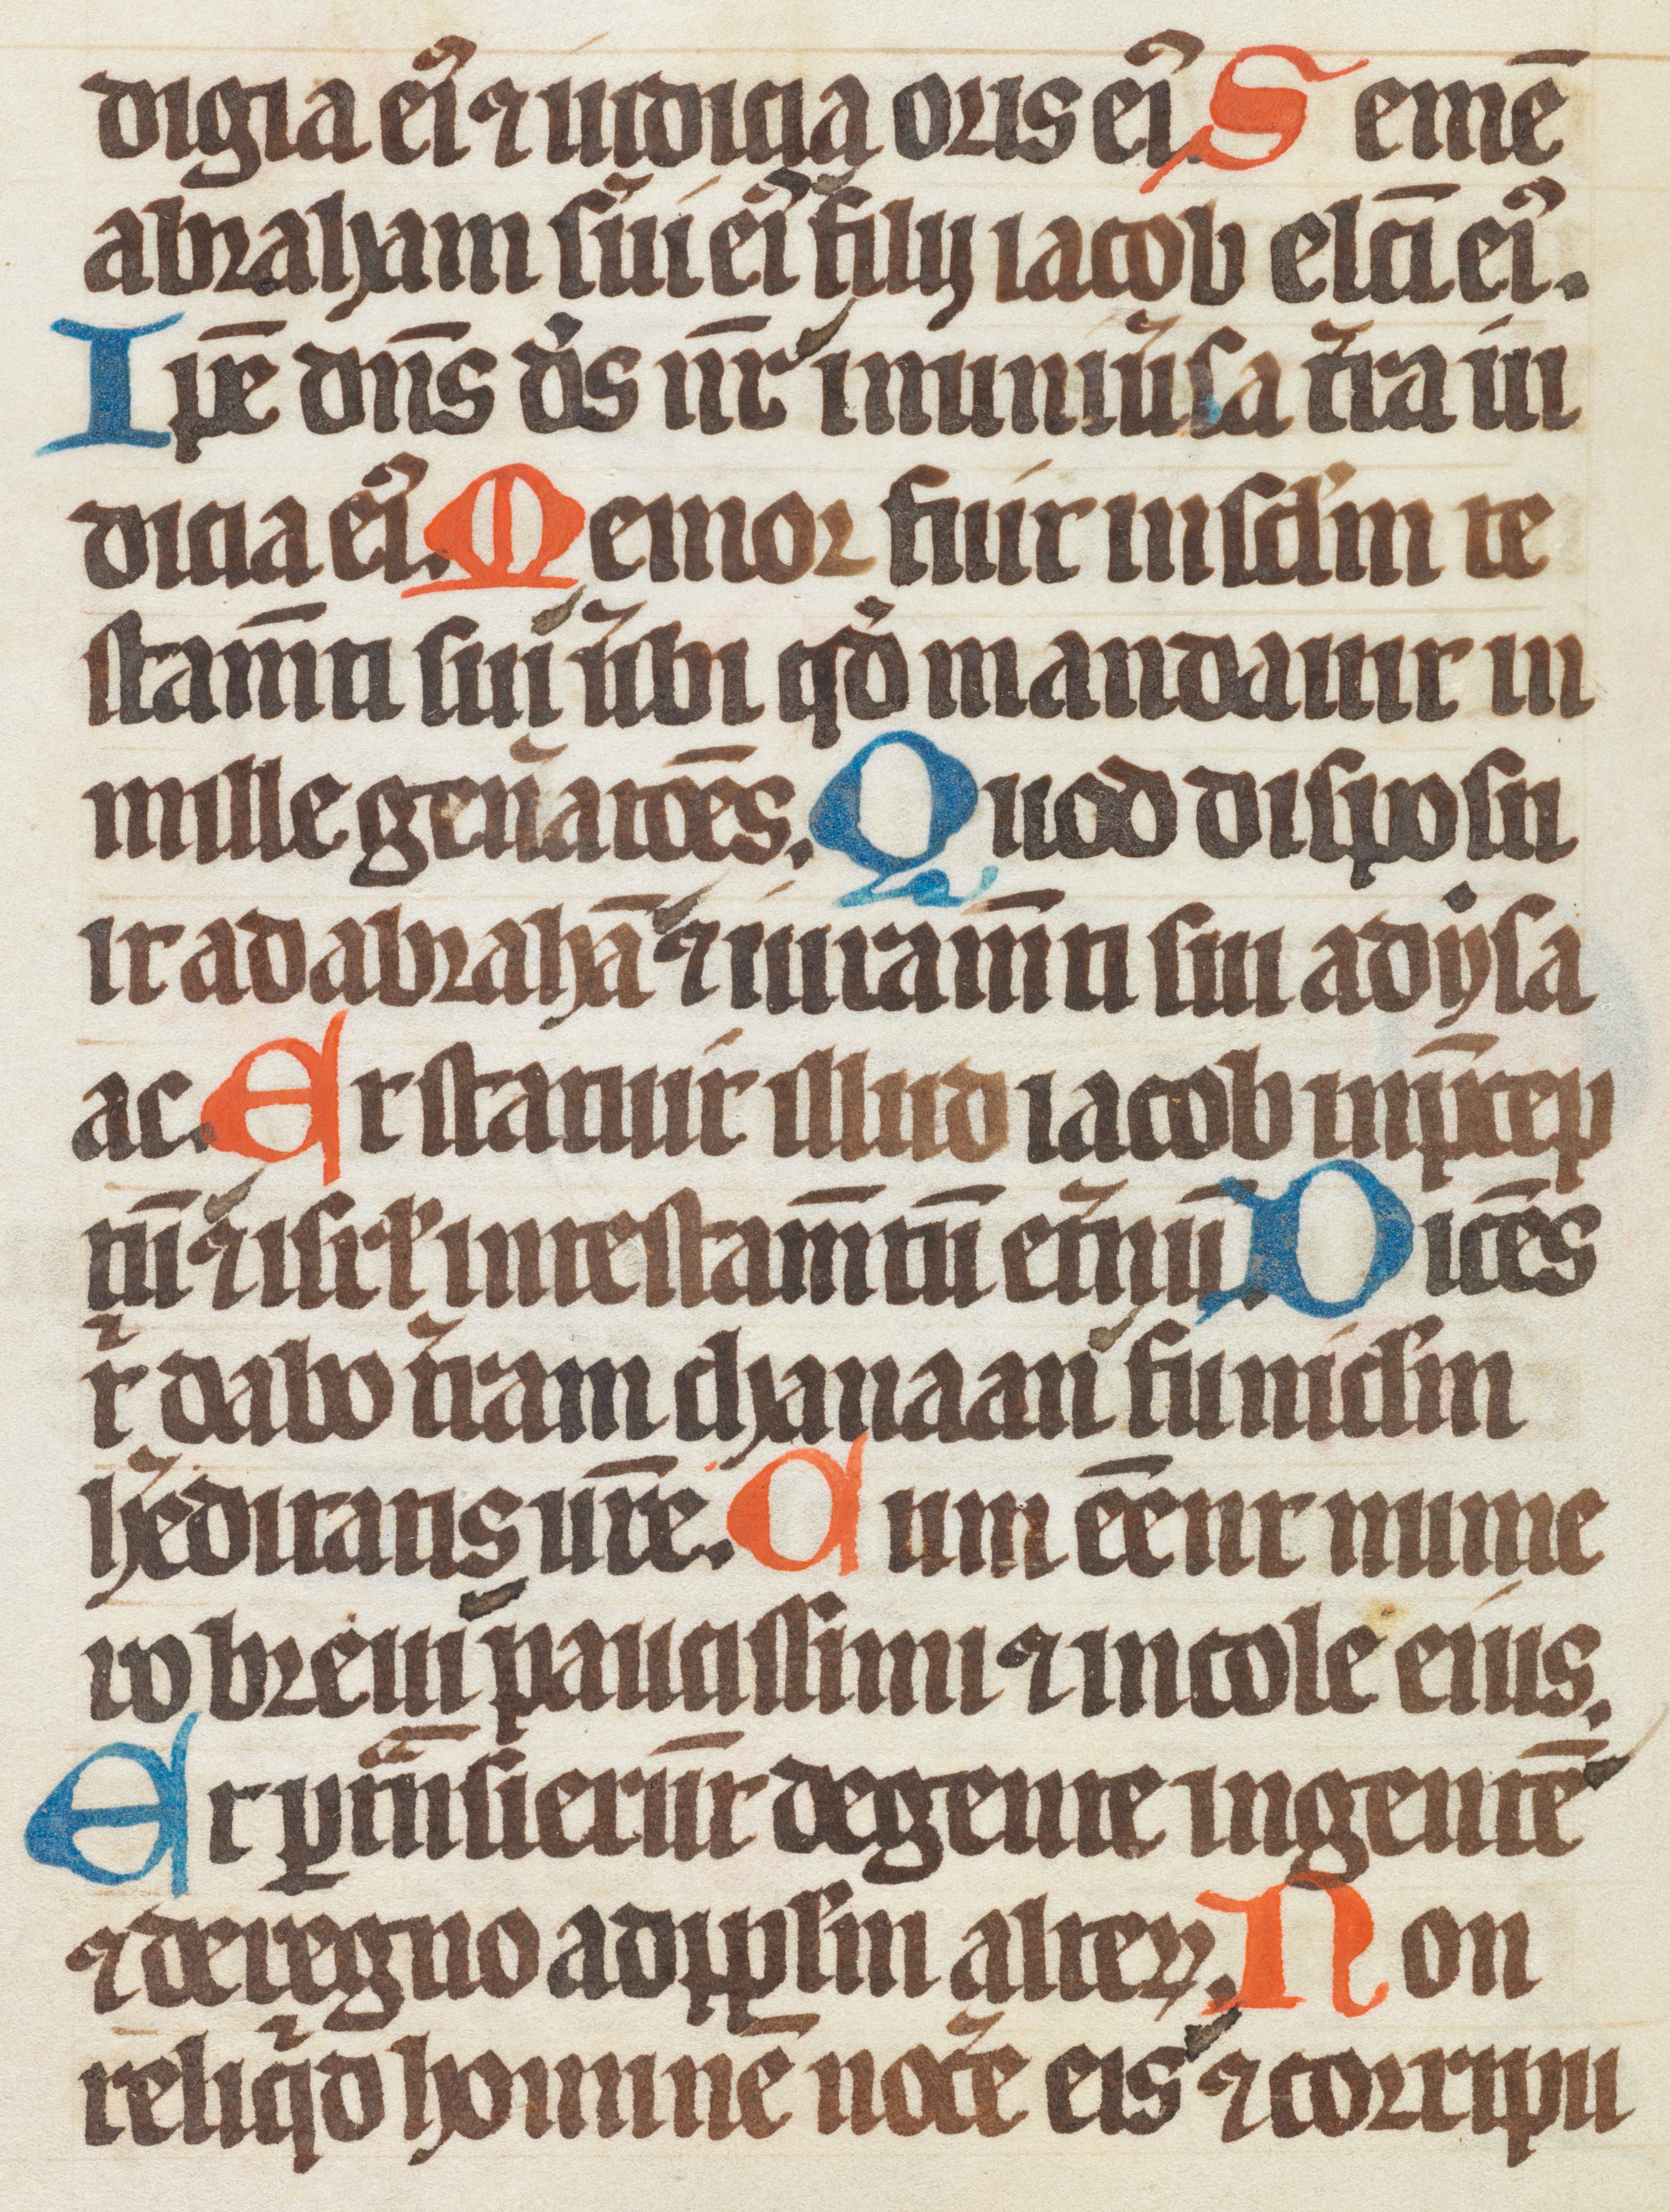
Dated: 1300–1349